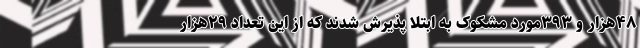
۴۸هزار و ۳۹۳مورد مشکوک به ابتلا پذیرش شدند که از این تعداد ۲۹هزار